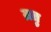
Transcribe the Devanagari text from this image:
म्रतु